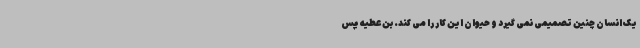
یک انسان چنین تصمیمی نمی گیرد و حیوان این کار را می کند. بن عطیه پس